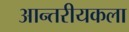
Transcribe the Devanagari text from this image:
आन्तरीयकला